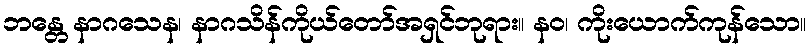
ဘန္တေ နာဂသေန၊ နာဂသိန်ကိုယ်တော်အရှင်ဘုရား။ နဝ၊ ကိုးယောက်ကုန်သော။